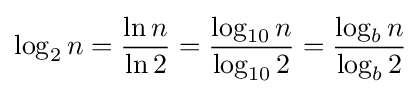
\log _{2}n={\frac {\ln n}{\ln 2}}={\frac {\log _{10}n}{\log _{10}2}}={\frac {\log _{b}n}{\log _{b}2}}